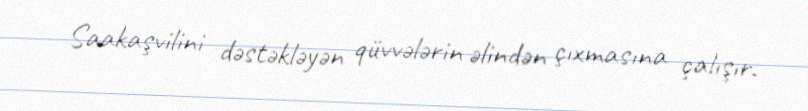
Saakaşvilini dəstəkləyən qüvvələrin əlindən çıxmasına çalışır.